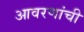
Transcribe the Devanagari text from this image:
आवरणांची